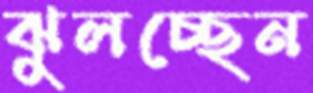
ঝুলচ্ছেন